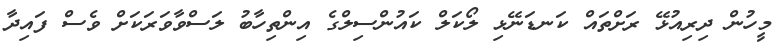
މީހުން ދިރިއުޅޭ ރަށްތައް ކަނޑަނޭޅި ލޯކަލް ކައުންސިލްގެ އިންތިހާބު ލަސްވާވަރަކަށް ވެސް ފައިދާ